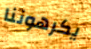
يكرهوننا